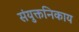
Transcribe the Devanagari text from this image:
संयुक्तनिकाय